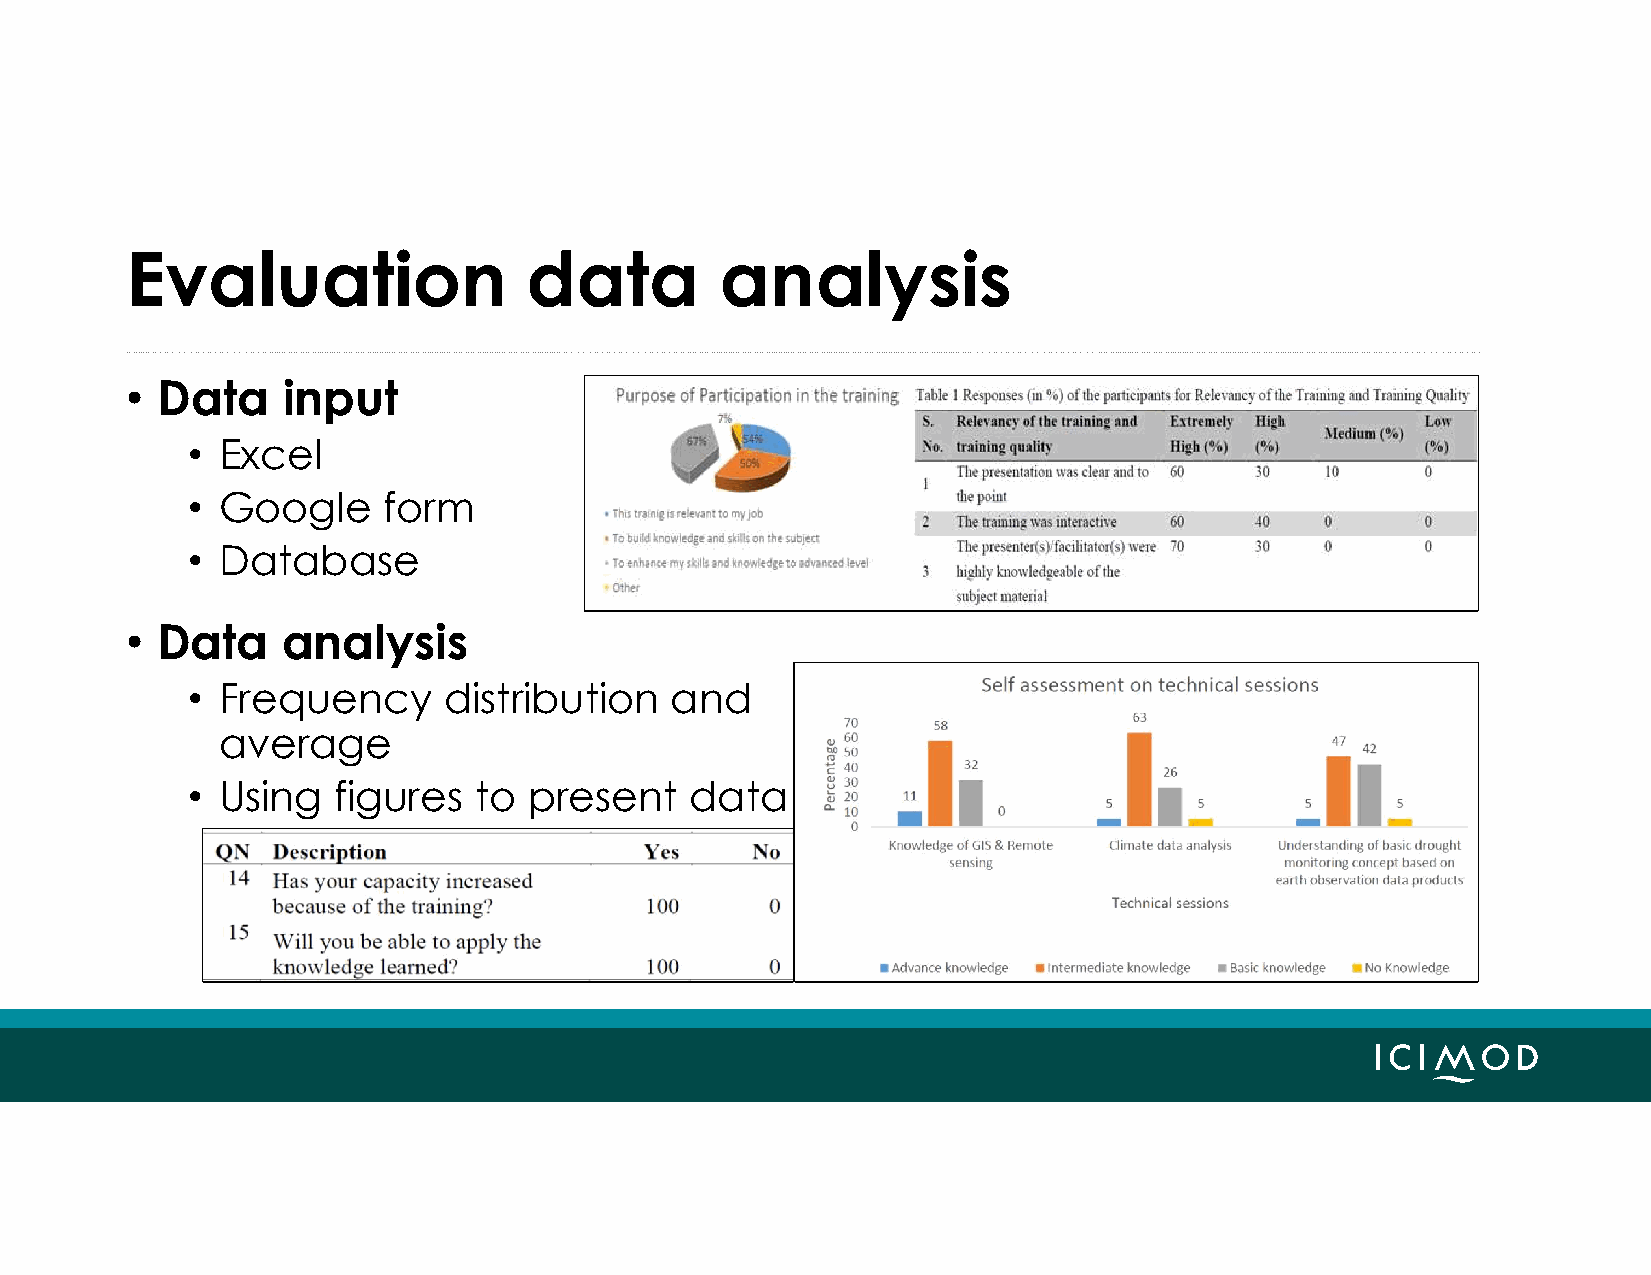
Evaluation                 data         analysis
 • Data     input
 • Excel
 • Google     form
 • Database
 • Data     analysis
 • Frequency      distribution   and
 average
 • Using   figures  to  present    data